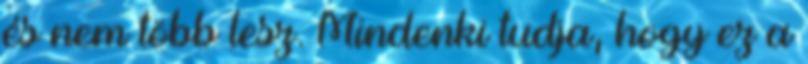
és nem több lesz. Mindenki tudja, hogy ez a